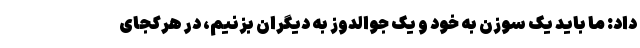
داد: ما باید یک سوزن به خود و یک جوالدوز به دیگران بزنیم، در هرکجای